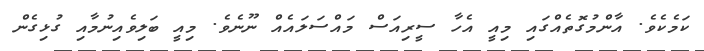
ކަމެކެވެ. އާންމުގޮތެއްގައި މިއީ އެހާ ސީރިއަސް މައްސަލައެއް ނޫނެވެ. މިއީ ބަލިވެއިނުމާއި ގުޅިގެން